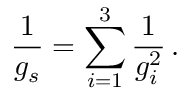
\frac { 1 } { g _ { s } } = \sum _ { i = 1 } ^ { 3 } \frac { 1 } { g _ { i } ^ { 2 } } \, .